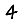
Digit: 4